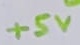
Text: +5V